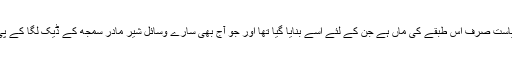
یا پھر یہ ریاست صرف اس طبقے کی ماں ہے جن کے لئے اسے بنایا گیا تھا اور جو آج بھی سارے وسائل شیر مادر سمجھ کے ڈیک لگا کے پی جاتے ہیں۔